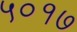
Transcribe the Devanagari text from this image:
५०१७